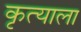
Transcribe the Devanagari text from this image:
कृत्याला